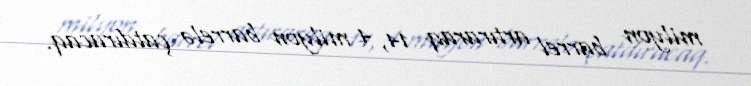
milyon barrel artıraraq 14, 4 milyon barrelə çatdıracaq.